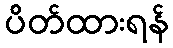
ပိတ်ထားရန်